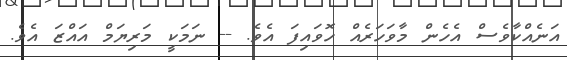
އަނެއްކާވެސް އެހެން މާވަހަރެއް ހޮވައިފަ އެވެ. -- ނަމަކީ މަރިޔަމް އައްޒަ އެވެ.